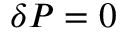
\delta P = 0